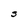
Character: S